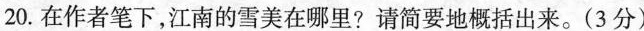
20. 在作者笔下，江南的雪美在哪里?请简要地概括出来。(3分)